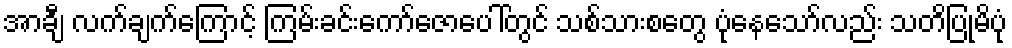
အာချီ လက်ချက်ကြောင့် ကြမ်းခင်းကော်ဇောပေါ်တွင် သစ်သားစတွေ ပုံနေသော်လည်း သတိပြုမိပုံ